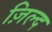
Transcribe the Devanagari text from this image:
ज़िल्द